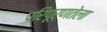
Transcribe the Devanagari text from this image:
परिपूर्णतेला